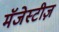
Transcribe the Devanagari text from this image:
मॅजेस्टीज़